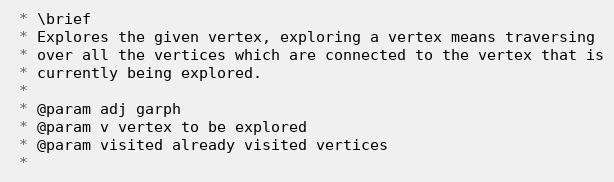
Language: C++
 * \brief
 * Explores the given vertex, exploring a vertex means traversing
 * over all the vertices which are connected to the vertex that is
 * currently being explored.
 *
 * @param adj garph
 * @param v vertex to be explored
 * @param visited already visited vertices
 *